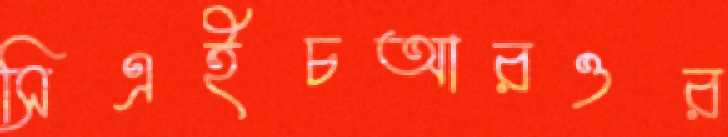
সিএইচআরওর